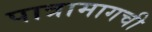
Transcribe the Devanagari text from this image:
पात्रामागची